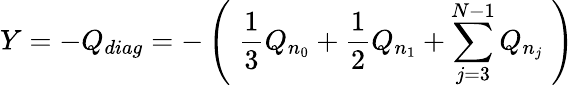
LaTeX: Y=-Q_{diag}=-\left(\; \frac 13Q_{n_{0}}+\frac 12Q_{n_{1}}+\sum_{j=3}^{N-1}Q_{n_{j}}\; \right)